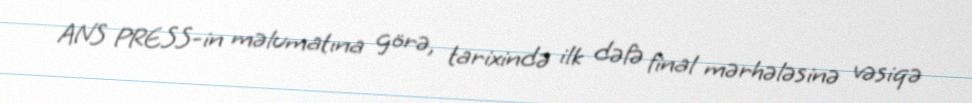
ANS PRESS-in məlumatına görə, tarixində ilk dəfə final mərhələsinə vəsiqə